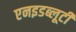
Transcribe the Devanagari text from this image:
एनइडब्लूटी